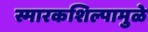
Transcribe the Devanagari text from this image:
स्मारकशिल्पामुळे